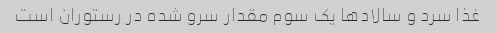
غذا سرد و سالادها یک سوم مقدار سرو شده در رستوران است